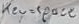
Text: key=space